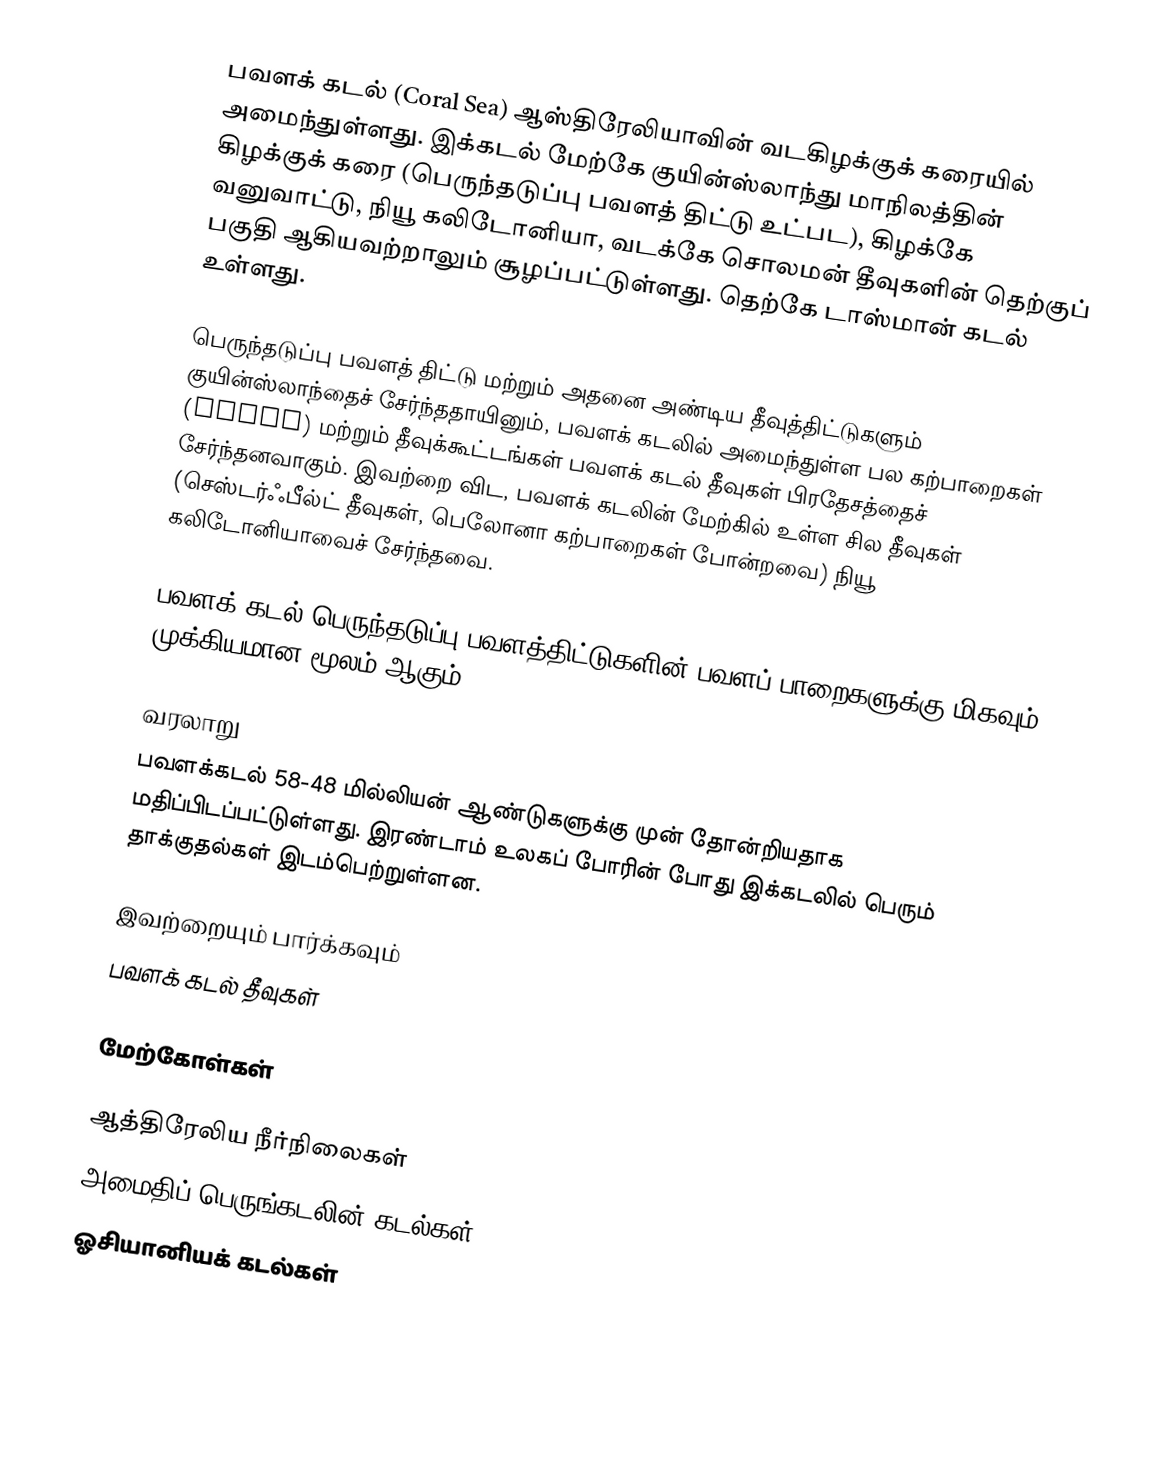
பவளக் கடல் (Coral Sea) ஆஸ்திரேலியாவின் வடகிழக்குக் கரையில் அமைந்துள்ளது. இக்கடல் மேற்கே குயின்ஸ்லாந்து மாநிலத்தின் கிழக்குக் கரை (பெருந்தடுப்பு பவளத் திட்டு உட்பட), கிழக்கே வனுவாட்டு, நியூ கலிடோனியா, வடக்கே சொலமன் தீவுகளின் தெற்குப் பகுதி ஆகியவற்றாலும் சூழப்பட்டுள்ளது. தெற்கே டாஸ்மான் கடல் உள்ளது.

பெருந்தடுப்பு பவளத் திட்டு மற்றும் அதனை அண்டிய தீவுத்திட்டுகளும் குயின்ஸ்லாந்தைச் சேர்ந்ததாயினும், பவளக் கடலில் அமைந்துள்ள பல கற்பாறைகள் (reefs) மற்றும் தீவுக்கூட்டங்கள் பவளக் கடல் தீவுகள் பிரதேசத்தைச் சேர்ந்தனவாகும். இவற்றை விட, பவளக் கடலின் மேற்கில் உள்ள சில தீவுகள் (செஸ்டர்ஃபீல்ட் தீவுகள், பெலோனா கற்பாறைகள் போன்றவை) நியூ கலிடோனியாவைச் சேர்ந்தவை.

பவளக் கடல் பெருந்தடுப்பு பவளத்திட்டுகளின் பவளப் பாறைகளுக்கு மிகவும் முக்கியமான மூலம் ஆகும்.

வரலாறு
பவளக்கடல் 58-48 மில்லியன் ஆண்டுகளுக்கு முன் தோன்றியதாக மதிப்பிடப்பட்டுள்ளது. இரண்டாம் உலகப் போரின் போது இக்கடலில் பெரும் தாக்குதல்கள் இடம்பெற்றுள்ளன.

இவற்றையும் பார்க்கவும்
 பவளக் கடல் தீவுகள்

மேற்கோள்கள்

ஆத்திரேலிய நீர்நிலைகள்
அமைதிப் பெருங்கடலின் கடல்கள்
ஓசியானியக் கடல்கள்